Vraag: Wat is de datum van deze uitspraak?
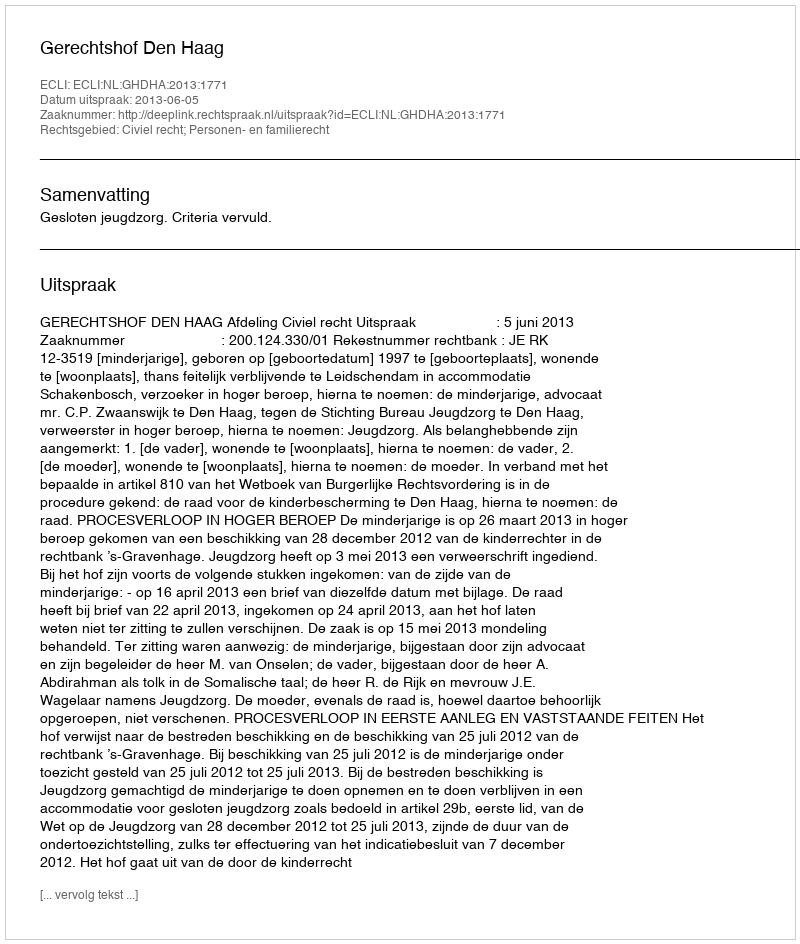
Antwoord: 2013-06-05